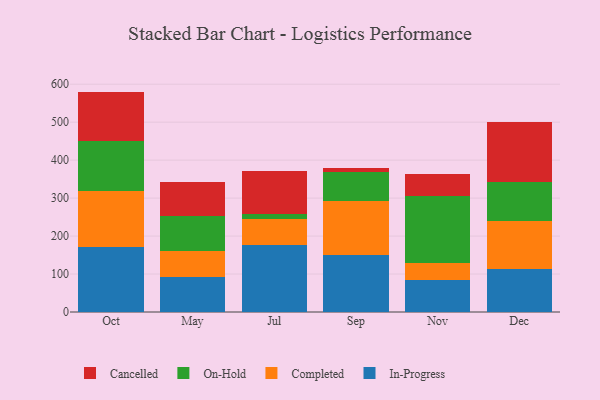
{"axis": {"x": "Month", "y": "Budget (USD K)"}, "legend": ["Cancelled", "Completed", "In-Progress", "On-Hold"], "data": [{"x": "Oct", "y": 171.2, "type": "In-Progress"}, {"x": "Oct", "y": 146.2, "type": "Completed"}, {"x": "Oct", "y": 133.2, "type": "On-Hold"}, {"x": "Oct", "y": 129.9, "type": "Cancelled"}, {"x": "May", "y": 92.6, "type": "In-Progress"}, {"x": "May", "y": 68.5, "type": "Completed"}, {"x": "May", "y": 91.6, "type": "On-Hold"}, {"x": "May", "y": 90.2, "type": "Cancelled"}, {"x": "Jul", "y": 177.1, "type": "In-Progress"}, {"x": "Jul", "y": 69.0, "type": "Completed"}, {"x": "Jul", "y": 13.2, "type": "On-Hold"}, {"x": "Jul", "y": 111.7, "type": "Cancelled"}, {"x": "Sep", "y": 150.1, "type": "In-Progress"}, {"x": "Sep", "y": 142.7, "type": "Completed"}, {"x": "Sep", "y": 75.5, "type": "On-Hold"}, {"x": "Sep", "y": 10.5, "type": "Cancelled"}, {"x": "Nov", "y": 84.5, "type": "In-Progress"}, {"x": "Nov", "y": 44.8, "type": "Completed"}, {"x": "Nov", "y": 176.9, "type": "On-Hold"}, {"x": "Nov", "y": 57.6, "type": "Cancelled"}, {"x": "Dec", "y": 112.1, "type": "In-Progress"}, {"x": "Dec", "y": 128.4, "type": "Completed"}, {"x": "Dec", "y": 101.8, "type": "On-Hold"}, {"x": "Dec", "y": 158.9, "type": "Cancelled"}]}